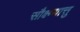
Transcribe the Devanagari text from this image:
सौक्ष्म्यात्तु